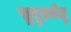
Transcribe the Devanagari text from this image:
सुदृढ़सेतु